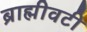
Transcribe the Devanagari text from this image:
ब्राह्मीवटी